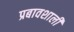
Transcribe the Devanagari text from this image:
प्रबावशाली